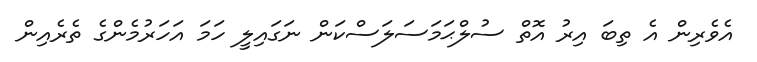
އެވެރިން އެ ތިބަ އިރު އޮތް ސުލްޙަމަސަލަސްކަން ނަގައިލީ ހަމަ އަހަރުމެންގެ ތެރެއިން